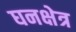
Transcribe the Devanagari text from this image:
घनक्षेत्र